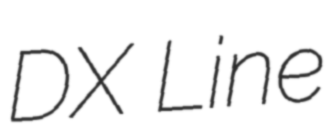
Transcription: DX Line